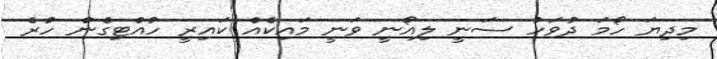
މިދިޔަ ހޯމަ ދުވަހު ސަނީ ލިއޯނީ ވަނީ މައިކެއް ކައިރީ ހުއްޓިގެން ހުރެ